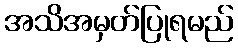
အသိအမှတ်ပြုရမည်